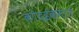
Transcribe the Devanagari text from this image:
कोदईकनाल